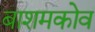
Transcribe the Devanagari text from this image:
बाशमकोव